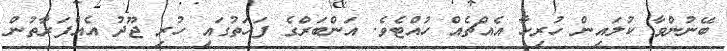
ބޭނުންވާ ކުލައިން ހުރިހާ އެއްޗެއް ހުއްޓެވެ. އަންބަރްގެ ފަހަތުގައި ހުރި ޖޫދު އެއްފަރާތުން